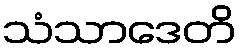
သံသာဒေတိ